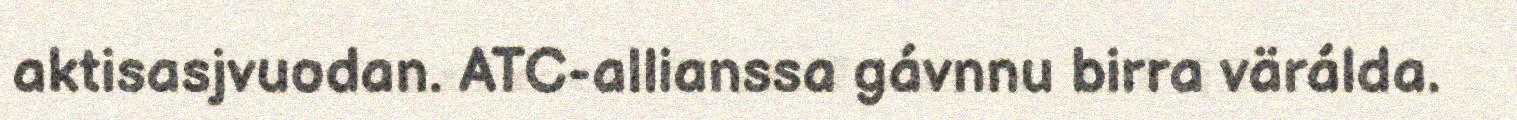
aktisasjvuodan. ATC-allianssa gávnnu birra värálda.